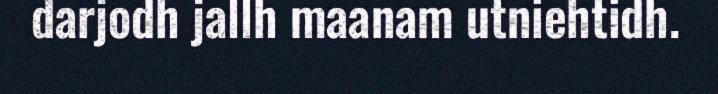
darjodh jallh maanam utniehtidh.